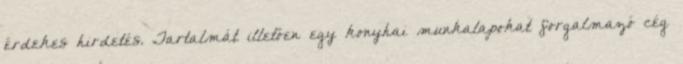
érdekes hirdetés. Tartalmát illetően egy konyhai munkalapokat forgalmazó cég